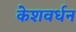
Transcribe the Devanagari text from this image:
केशवर्धन